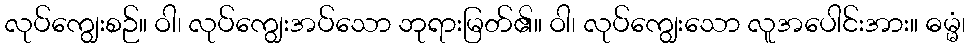
လုပ်ကျွေးစဉ်။ ဝါ၊ လုပ်ကျွေးအပ်သော ဘုရားမြတ်၏။ ဝါ၊ လုပ်ကျွေးသော လူအပေါင်းအား။ ဓမ္မံ၊